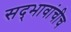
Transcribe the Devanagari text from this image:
सद्‍भावांचीच